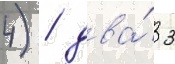
4) / два́ 3